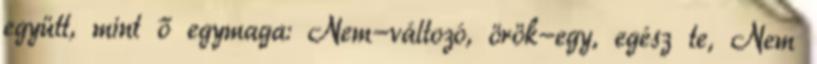
együtt, mint ő egymaga: Nem-változó, örök-egy, egész te, Nem